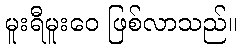
မူးရီမူးဝေ ဖြစ်လာသည်။